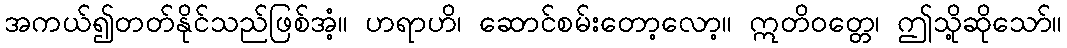
အကယ်၍တတ်နိုင်သည်ဖြစ်အံ့။ ဟရာဟိ၊ ဆောင်စမ်းတော့လော့။ ဣတိဝတ္တေ၊ ဤသို့ဆိုသော်။